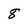
Character: 8